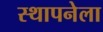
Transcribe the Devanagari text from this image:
स्‍थापनेला